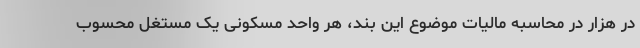
در هزار در محاسبه مالیات موضوع این بند، هر واحد مسکونی یک مستغل محسوب